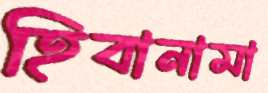
হিবানামা